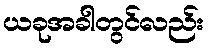
ယခုအခါတွင်လည်း